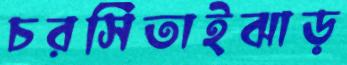
চরসিতাইঝাড়